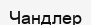
Чандлер